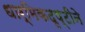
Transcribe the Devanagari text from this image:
धार्मिकदृष्टीने